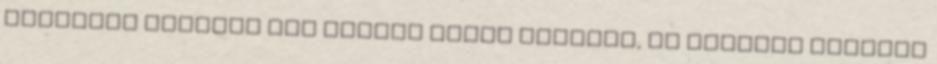
gyönyörű áriákat sem fogunk rajta hallani, de bulizni ideális